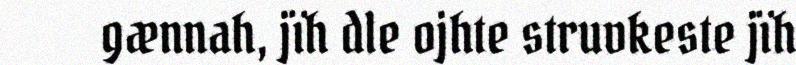
gænnah, jïh dle ojhte struvkeste jïh